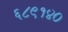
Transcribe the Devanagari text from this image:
६८९१४०